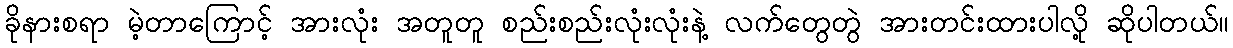
ခိုနားစရာ မဲ့တာကြောင့် အားလုံး အတူတူ စည်းစည်းလုံးလုံးနဲ့ လက်တွေတွဲ အားတင်းထားပါလို့ ဆိုပါတယ်။